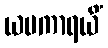
ယမကာရယိံ